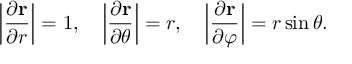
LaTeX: \left| { \frac { \partial \mathbf { r } } { \partial r } } \right| = 1 , \quad \left| { \frac { \partial \mathbf { r } } { \partial \theta } } \right| = r , \quad \left| { \frac { \partial \mathbf { r } } { \partial \varphi } } \right| = r \sin \theta .